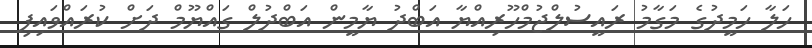
ހަލާ ހަމީދުގެ މަގާމު ރައީސުލްޖުމްހޫރިއްޔާ އަބްދު ޔާމީން އަބްދުލް ގައްޔޫމް ދަށް ކުރައްވައިފި